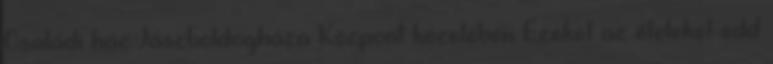
Családi ház Jászboldogháza Központ közelében Ezeket az ételeket edd